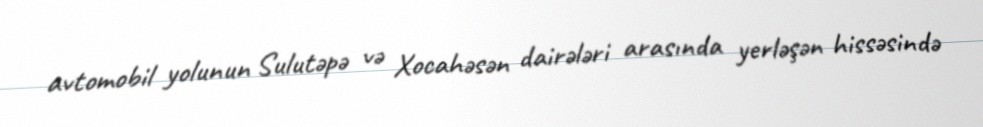
avtomobil yolunun Sulutəpə və Xocahəsən dairələri arasında yerləşən hissəsində